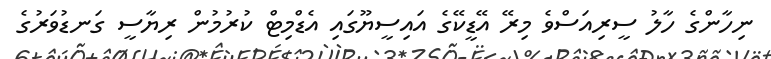
ނިހާންގެ ހާލު ސީރިއަސްވެ މިރޭ އޭޑީކޭގެ އައިސީޔޫގައި އެޑްމިޓް ކުރުމުން ރިޔާސީ ގަނޑުވަރުގެ